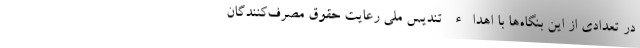
در تعدادی از این بنگاه‌ها با اهداء تندیس ملی رعایت حقوق مصرف‌کنندگان